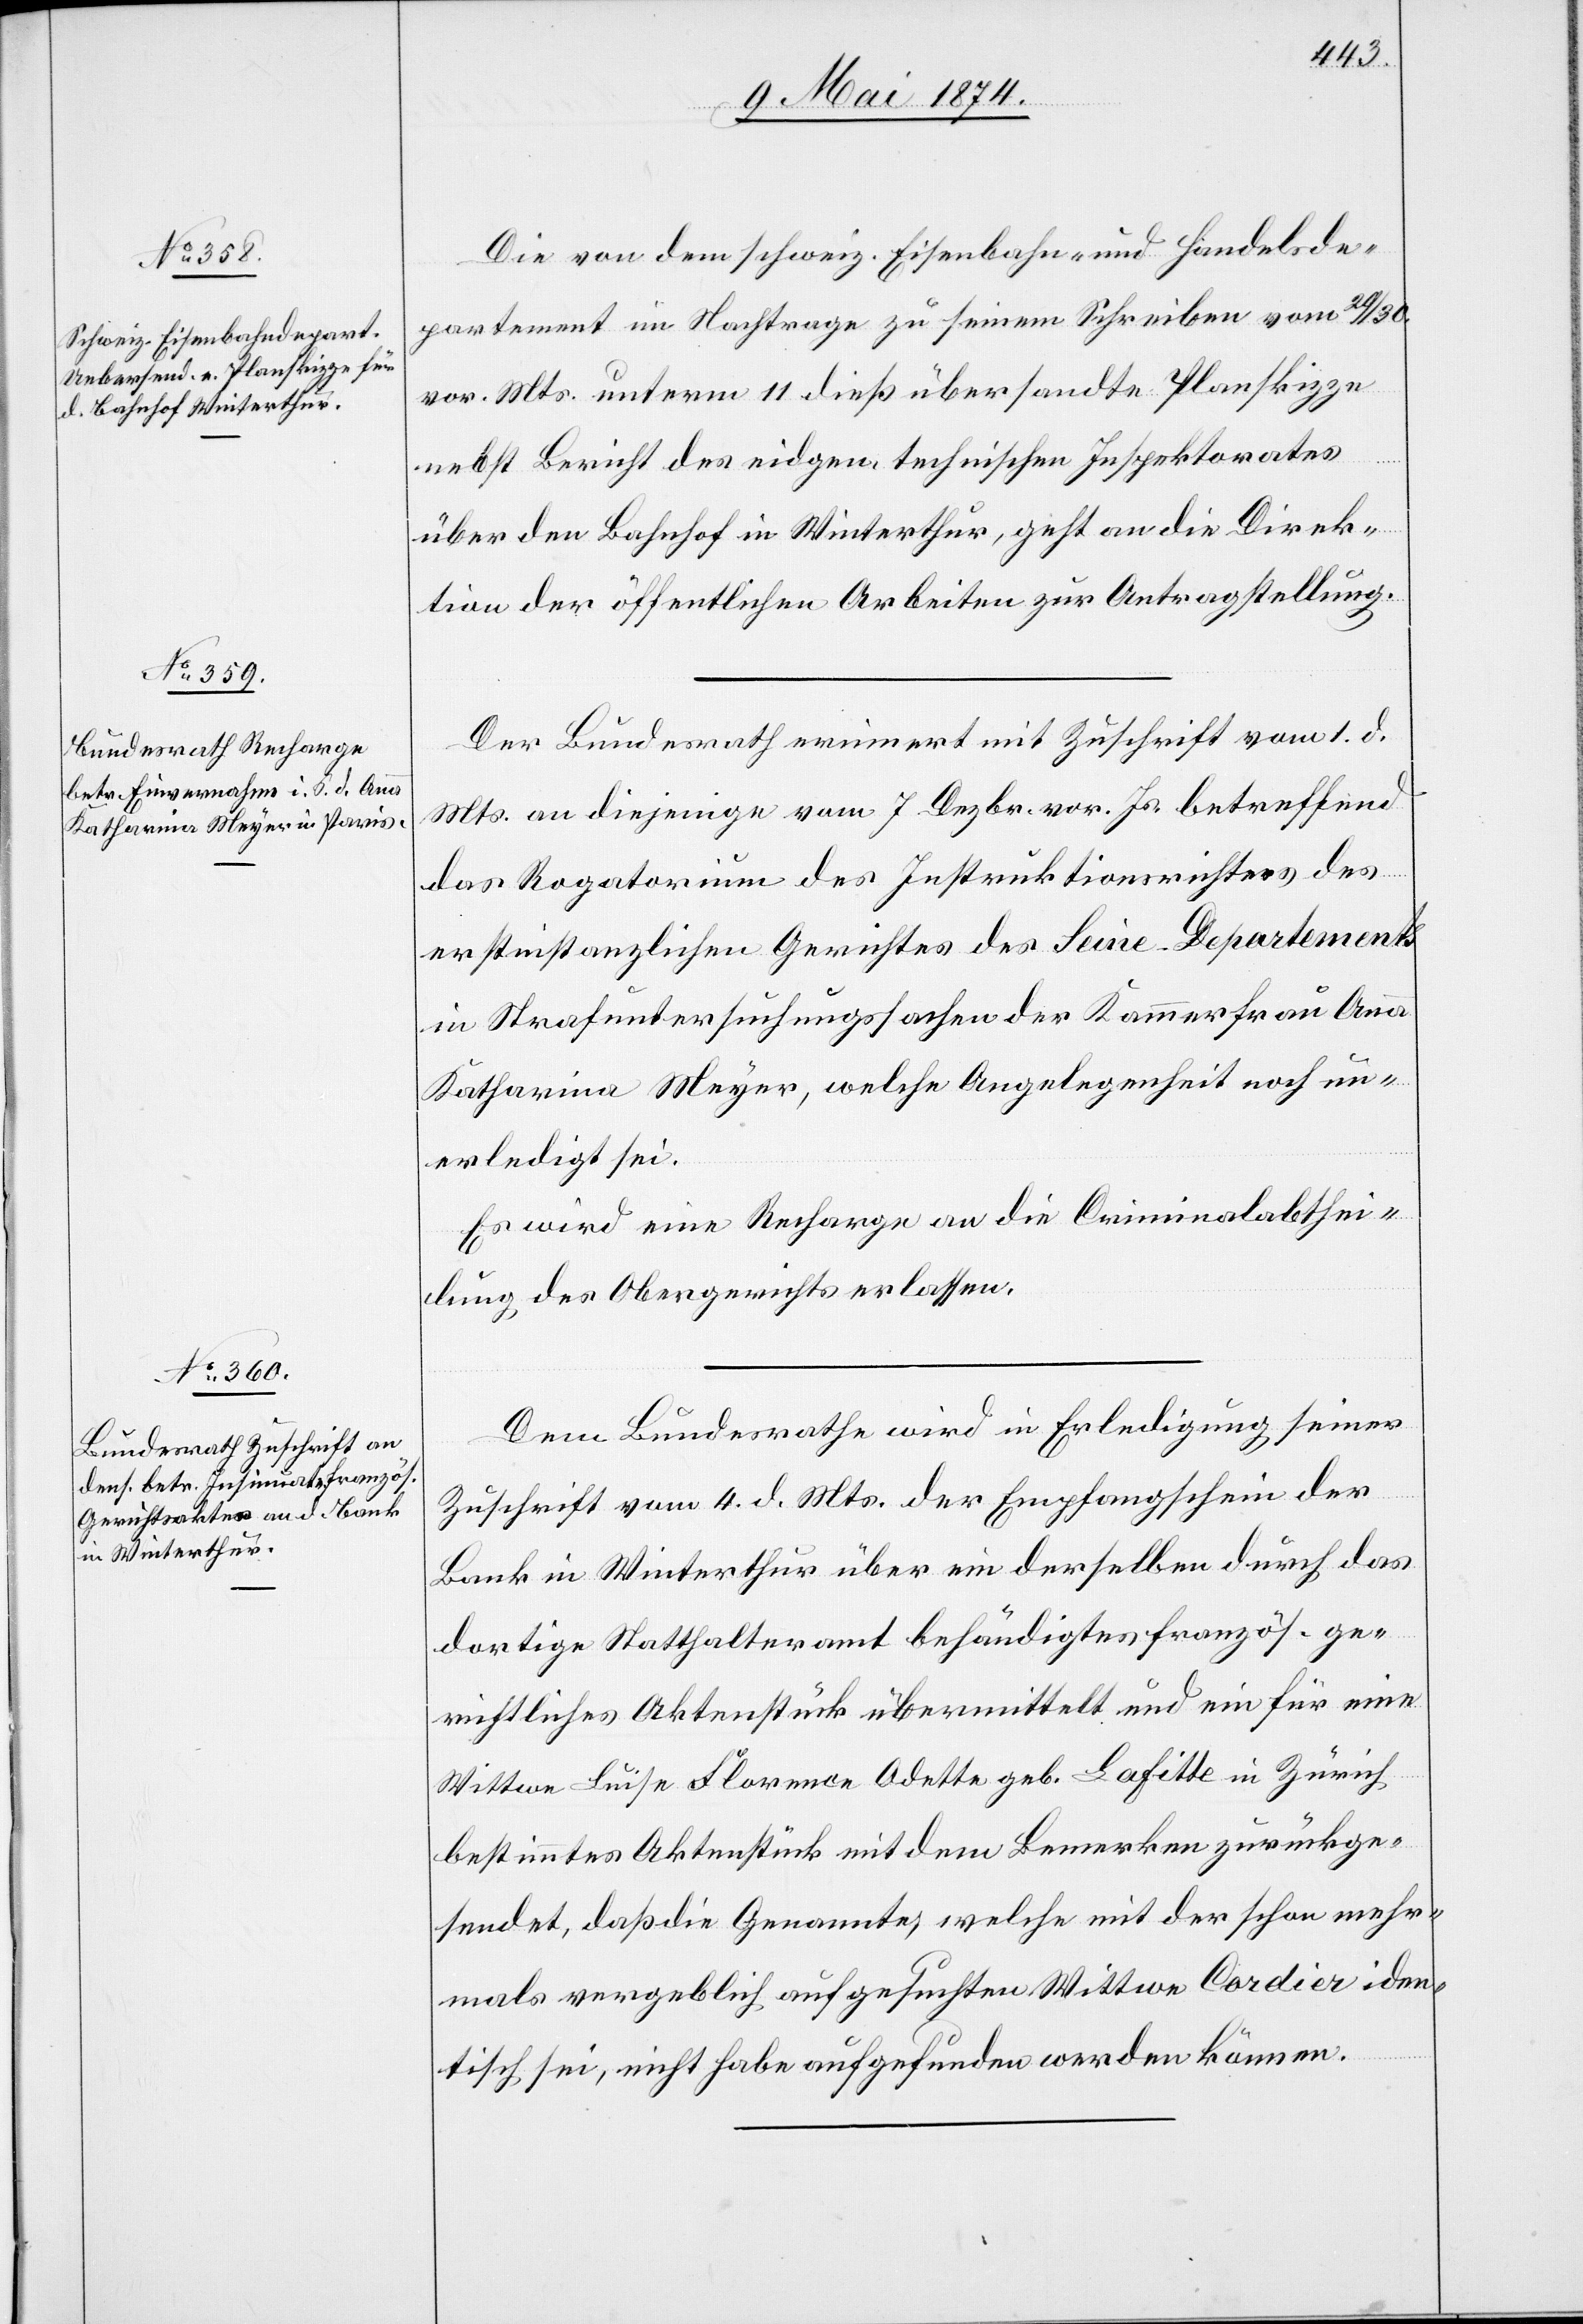
12. Mai 1874.]
Die von dem schweiz. Eisenbahn- und Handelsde¬
partement in Nachtrage zu seinem Schreiben vom 29./30.
vor. Mts. unterm 11. dieß übersandte Planskizze
nebst Bericht des eidgen. technischen Inspektorates
über den Bahnhof in Winterthur, geht an die Direk¬
tion der öffentlichen Arbeiten zur Antragstellung.
Der Bundesrath erinnert mit Zuschrift vom 1. d.
Mts. an diejenige vom 7. Dezbr. vor. Js. betreffend
das Rogatorium des Instruktionsrichters des
erstinstanzlichen Gerichtes des Seine-Departements
in Strafuntersuchungssachen der Kammerfrau Anna
Katharina Meyer, welche Angelegenheit noch un¬
erledigt sei.
Es wird eine Recharge an die Criminalabthei¬
lung des Obergerichtes erlassen.
Dem Bundesrathe wird in Erledigung seiner
Zuschrift vom 4. d. Mts. der Empfangschein der
Bank in Winterthur über ein derselben durch das
dortige Statthalteramt behändigtes französ. ge¬
richtliches Aktenstück übermittelt und ein für eine
Wittwe Luise Florence Odette geb. Lafitte in Zürich
bestimmtes Aktenstück mit dem Bemerken zurückge¬
sendet, daß die Genannte, welche mit der schon mehr¬
mals vergeblich aufgesuchten Wittwe Cordier iden¬
tisch sei, nicht habe aufgefunden werden können.